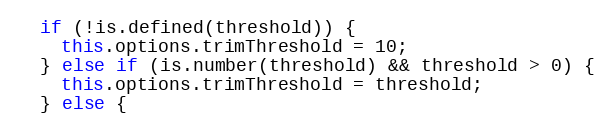
Language: JavaScript
  if (!is.defined(threshold)) {
    this.options.trimThreshold = 10;
  } else if (is.number(threshold) && threshold > 0) {
    this.options.trimThreshold = threshold;
  } else {